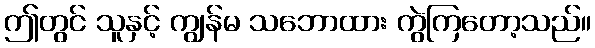
ဤတွင် သူနှင့် ကျွန်မ သဘောထား ကွဲကြတော့သည်။